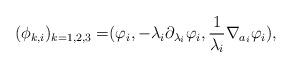
LaTeX: \begin{align*}(\phi_{k,i})_{k=1,2,3}= &(\varphi_{i},-\lambda_{i}\partial_{\lambda_{i}}\varphi_{i}, \frac{1}{\lambda_{i}}\nabla_{a_{i}}\varphi_{i}),\end{align*}